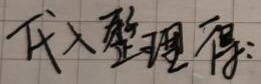
代入整理得：